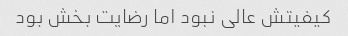
کیفیتش عالی نبود اما رضایت بخش بود